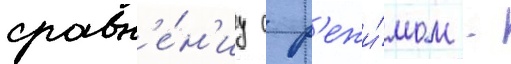
сравн'е́н'иу с р'ежи́мом -